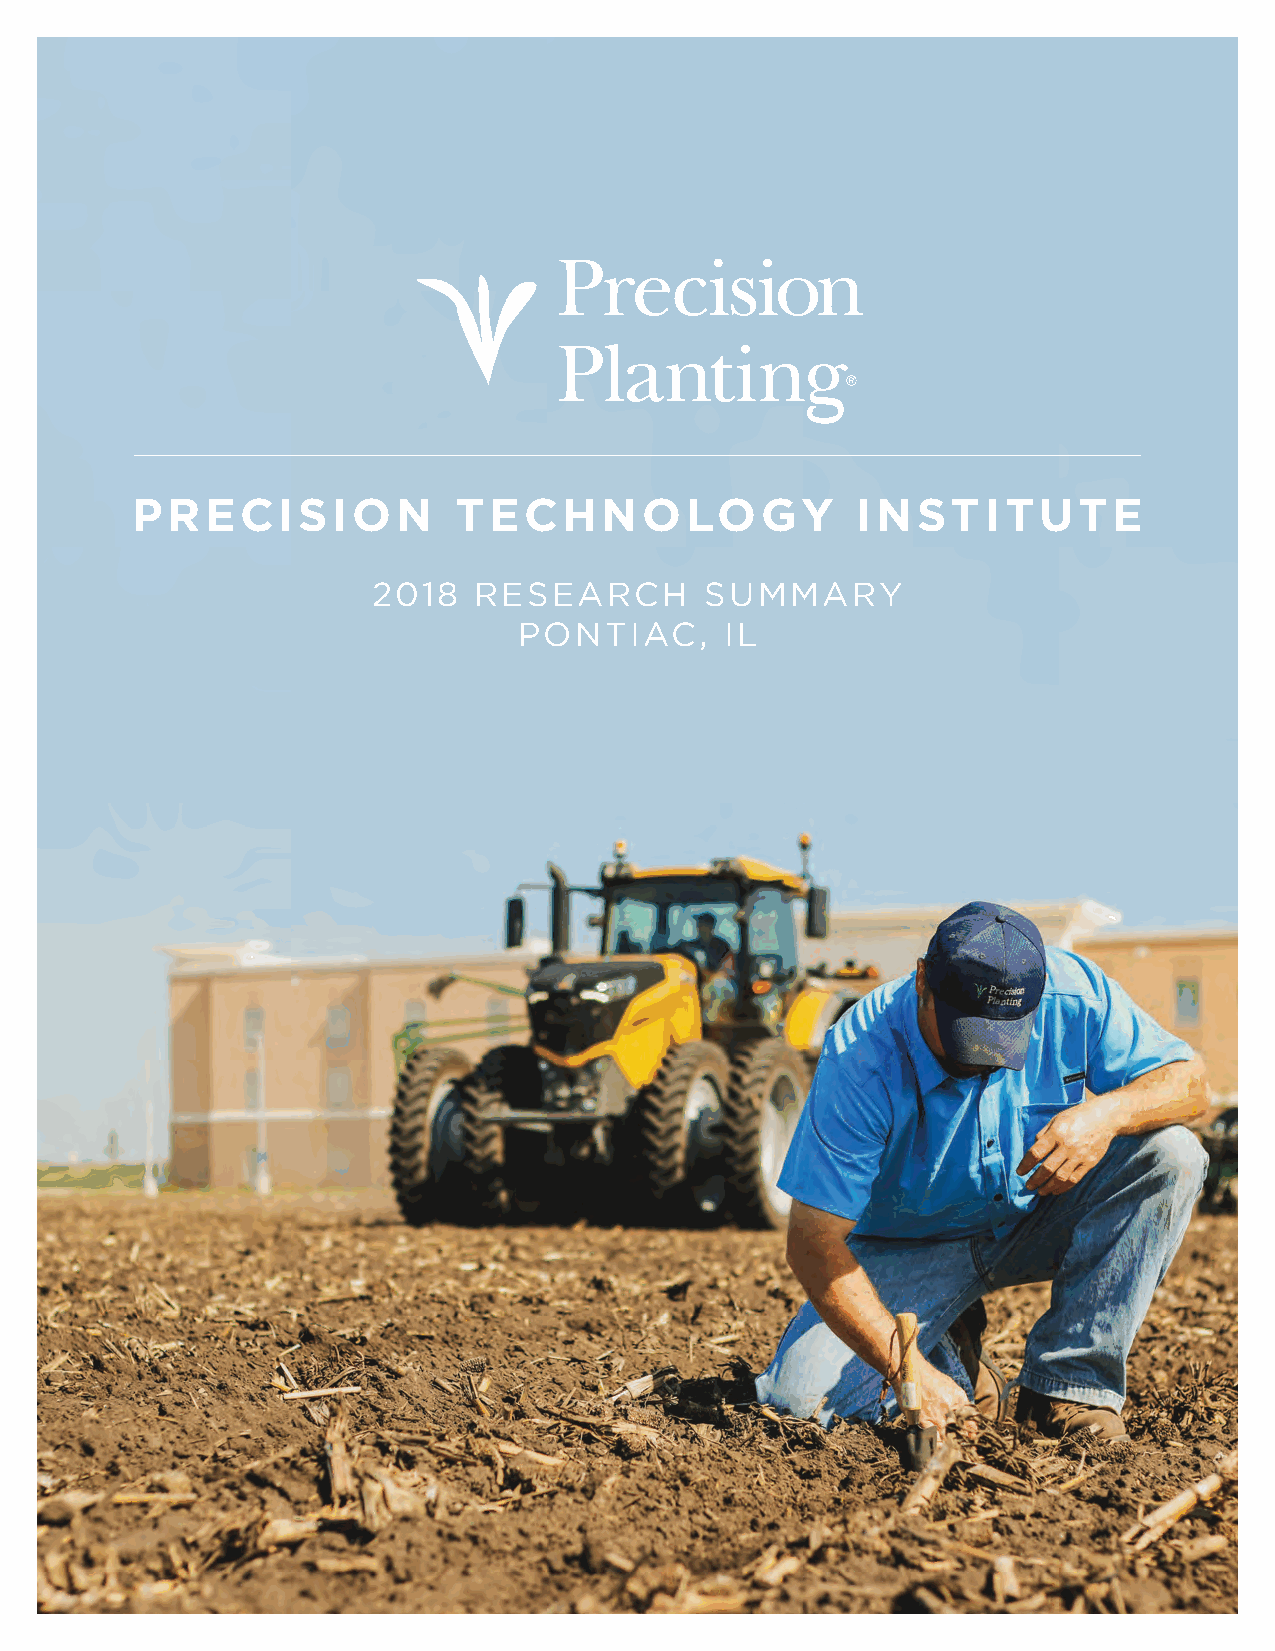
PRECISION            TECHNOLOGY                 INSTITUTE
 2018  RESEARCH        SUMMARY
 PONTIAC,      IL